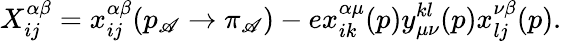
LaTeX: X_{ij}^{\alpha\beta}=x_{ij}^{\alpha\beta}(p_{\mathscr{A}}\rightarrow\pi_{\mathscr{A}})-ex_{ik}^{\alpha\mu}(p)y_{\mu\nu}^{kl}(p)x_{lj}^{\nu\beta}(p).